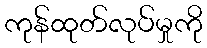
ကုန်ထုတ်လုပ်မှုကို